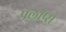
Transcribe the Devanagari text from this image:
पेलॉप्स